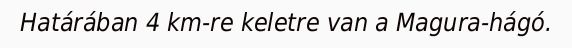
Határában 4 km-re keletre van a Magura-hágó.